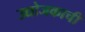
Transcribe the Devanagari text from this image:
उद्योजकाची